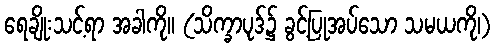
ရေချိုးသင့်ရာ အခါကို။ (သိက္ခာပုဒ်၌ ခွင့်ပြုအပ်သော သမယကို၊)